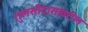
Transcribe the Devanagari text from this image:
तुलसीदासांवरील